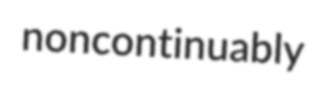
noncontinuably